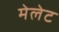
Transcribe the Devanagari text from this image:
मेलेट